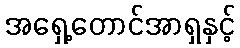
အရှေ့တောင်အာရှနှင့်